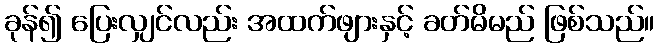
ခုန်၍ ပြေးလျှင်လည်း အထက်ဖျားနှင့် ခတ်မိမည် ဖြစ်သည်။